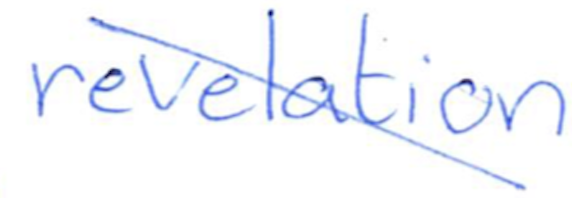
Text: revelation
Cross-out: diagonal
Writing tool: ballpoint